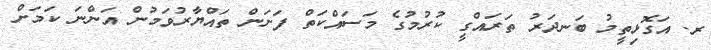
ރ. އަގޮޅިތީމު ބަނދަރު ތަރައްގީ ކުރުމުގެ މަސައްކަތް ފަށަން ތައްޔާރުވަމުން އަންނަ ކަމަށް